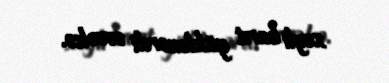
xeyli barıt yüklənərdi əvvəlcə.